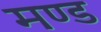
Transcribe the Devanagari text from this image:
मण्ड